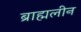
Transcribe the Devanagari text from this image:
ब्राह्मलीन